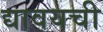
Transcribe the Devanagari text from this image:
द्यावयची